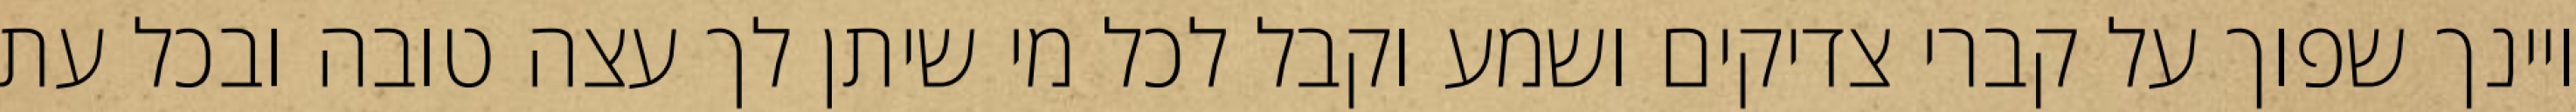
ויינך שפוך על קברי צדיקים ושמע וקבל לכל מי שיתן לך עצה טובה ובכל עת